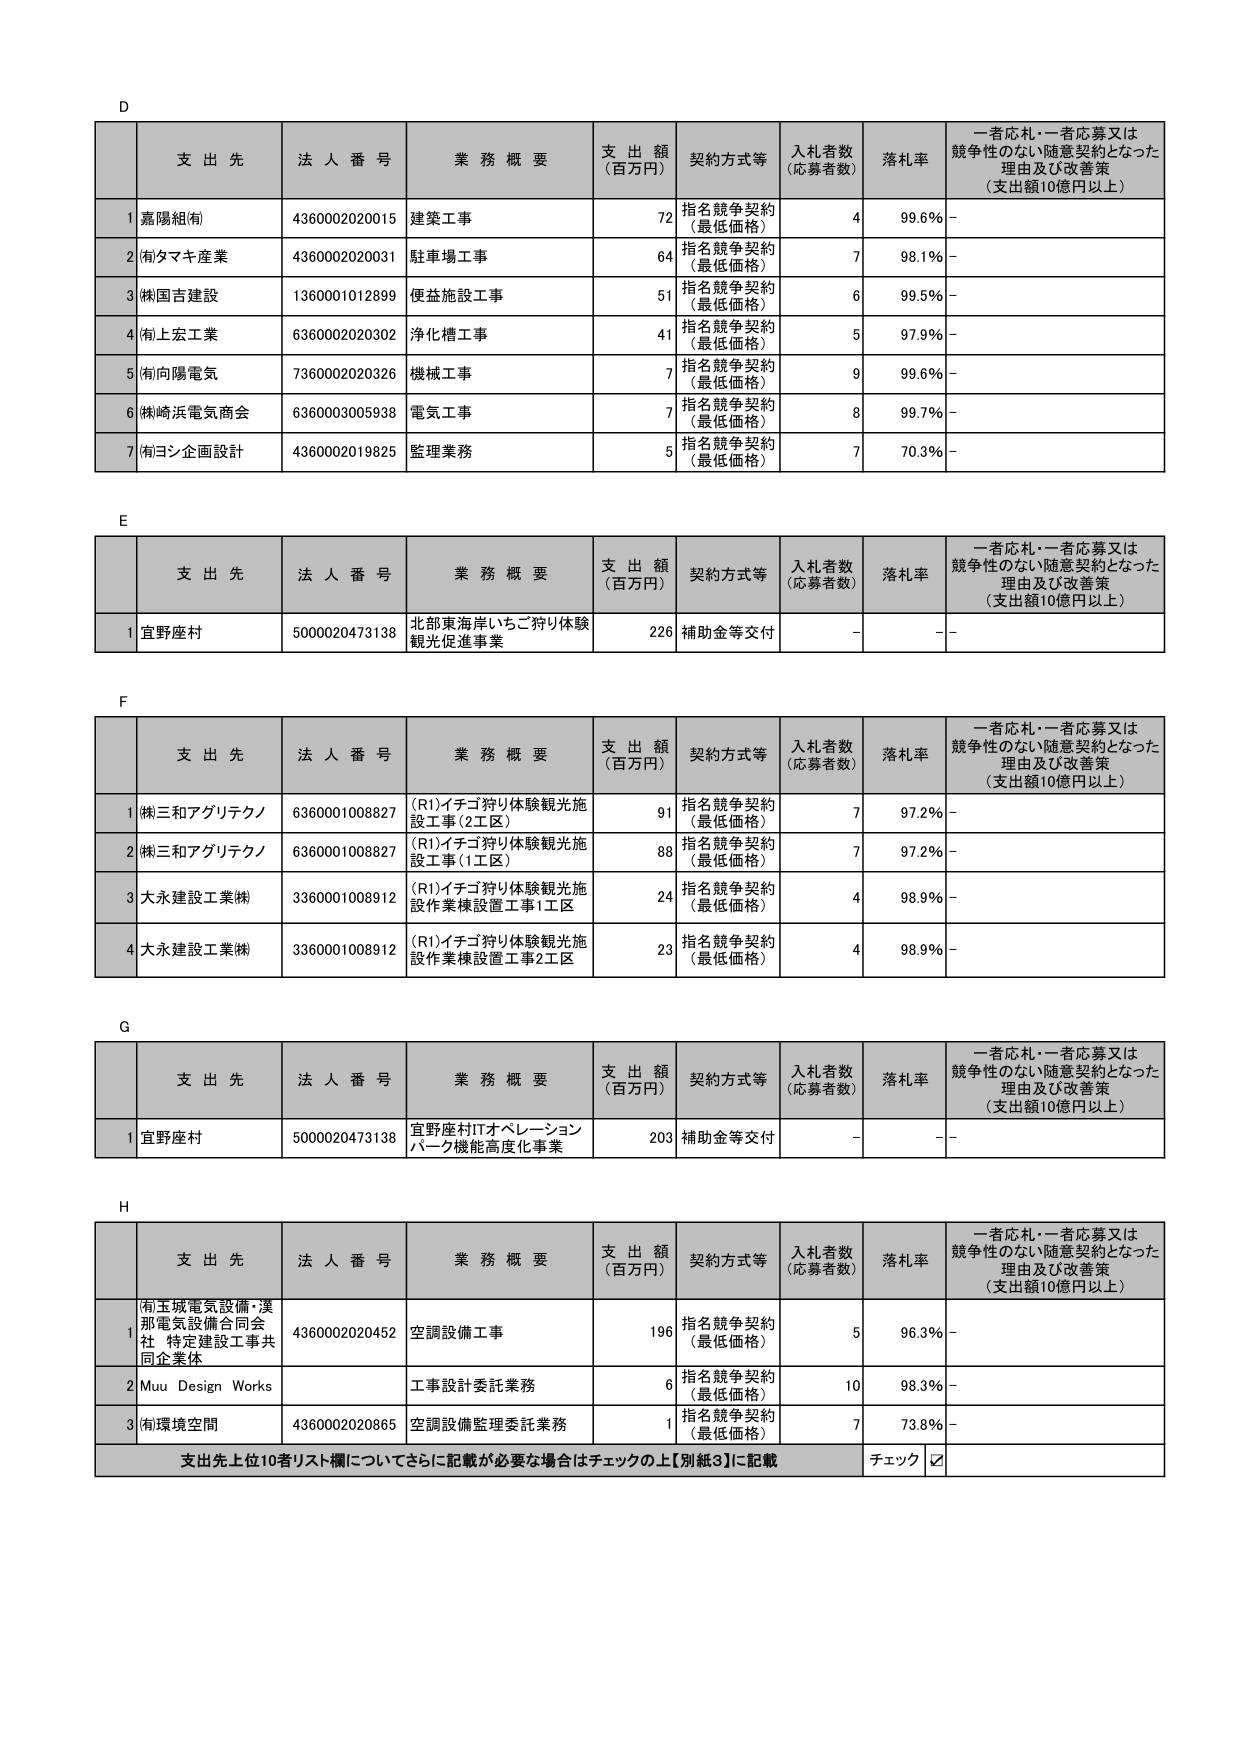
D
支 出 先 法 人 番 号 業 務 概 要 支 出 額 （百万円） 契約方式等 入札者数 （応募者数） 落札率 一者応札・一者応募又は 競争性のない随意契約となった 理由及び改善策 （支出額10億円以上）
1 嘉陽組(有) 4360002020015 建築工事 72 指名競争契約 （最低価格） 4 99.6％ -
2 (有)タマキ産業 4360002020031 駐車場工事 64 指名競争契約 （最低価格） 7 98.1％ -
3 (株)国吉建設 1360001012899 便益施設工事 51 指名競争契約 （最低価格） 6 99.5％ -
4 (有)上宏工業 6360002020302 浄化槽工事 41 指名競争契約 （最低価格） 5 97.9％ -
5 (有)向陽電気 7360002020326 機械工事 7 指名競争契約 （最低価格） 9 99.6％ -
6 (株)崎浜電気商会 6360003005938 電気工事 7 指名競争契約 （最低価格） 8 99.7％ -
7 (有)ヨシ企画設計 4360002019825 監理業務 5 指名競争契約 （最低価格） 7 70.3％ -

E
支 出 先 法 人 番 号 業 務 概 要 支 出 額 （百万円） 契約方式等 入札者数 （応募者数） 落札率 一者応札・一者応募又は 競争性のない随意契約となった 理由及び改善策 （支出額10億円以上）
1 宜野座村 5000020473138 北部東海岸いちご狩り体験 観光促進事業 226 補助金等交付 - - -

F
支 出 先 法 人 番 号 業 務 概 要 支 出 額 （百万円） 契約方式等 入札者数 （応募者数） 落札率 一者応札・一者応募又は 競争性のない随意契約となった 理由及び改善策 （支出額10億円以上）
1 (株)三和アグリテクノ 6360001008827 （R1）イチゴ狩り体験観光施 設工事（2工区） 91 指名競争契約 （最低価格） 7 97.2％ -
2 (株)三和アグリテクノ 6360001008827 （R1）イチゴ狩り体験観光施 設工事（1工区） 88 指名競争契約 （最低価格） 7 97.2％ -
3 大永建設工業(株) 3360001008912 （R1）イチゴ狩り体験観光施 設作業棟設置工事1工区 24 指名競争契約 （最低価格） 4 98.9％ -
4 大永建設工業(株) 3360001008912 （R1）イチゴ狩り体験観光施 設作業棟設置工事2工区 23 指名競争契約 （最低価格） 4 98.9％ -

G
支 出 先 法 人 番 号 業 務 概 要 支 出 額 （百万円） 契約方式等 入札者数 （応募者数） 落札率 一者応札・一者応募又は 競争性のない随意契約となった 理由及び改善策 （支出額10億円以上）
1 宜野座村 5000020473138 宜野座村ITオペレーション パーク機能高度化事業 203 補助金等交付 - - -

H
支 出 先 法 人 番 号 業 務 概 要 支 出 額 （百万円） 契約方式等 入札者数 （応募者数） 落札率 一者応札・一者応募又は 競争性のない随意契約となった 理由及び改善策 （支出額10億円以上）
1 (有)玉城電気設備・渓 那電気設備合同会 社 特定建設工事共 同企業体 4360002020452 空調設備工事 196 指名競争契約 （最低価格） 5 96.3％ -
2 Muu Design Works 工事設計委託業務 6 指名競争契約 （最低価格） 10 98.3％ -
3 (有)環境空間 4360002020865 空調設備監理委託業務 1 指名競争契約 （最低価格） 7 73.8％ -
支出先上位10者リスト欄についてさらに記載が必要な場合はチェックの上【別紙3】に記載 チェック ☑